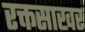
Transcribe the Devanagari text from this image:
रक्तसाखर